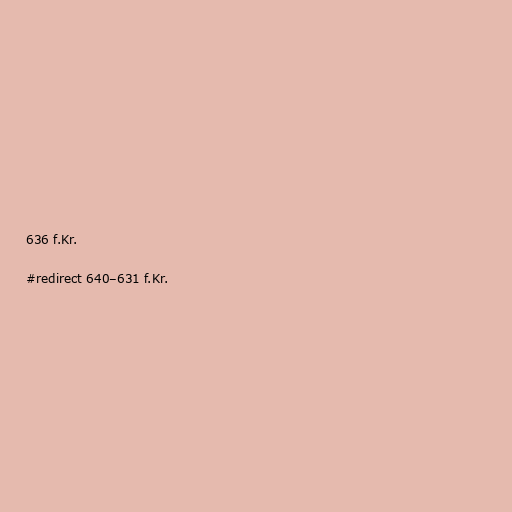
636 f.Kr.

#redirect 640–631 f.Kr.